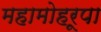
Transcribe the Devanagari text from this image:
महामोहरूपा